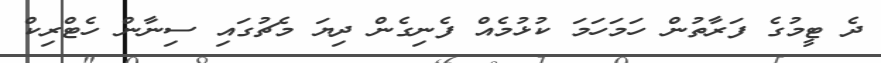
ދެ ޓީމުގެ ފަރާތުން ހަމަހަމަ ކުޅުމެއް ފެނިގެން ދިޔަ މެޗުގައި ސިނާން ހެޓްރިކް